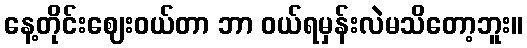
နေ့တိုင်းဈေးဝယ်တာ ဘာ ဝယ်ရမှန်းလဲမသိတော့ဘူး။